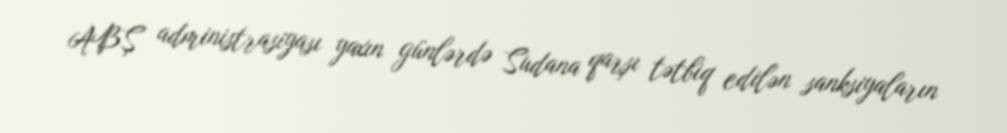
ABŞ administrasiyası yaxın günlərdə Sudana qarşı tətbiq edilən sanksiyaların